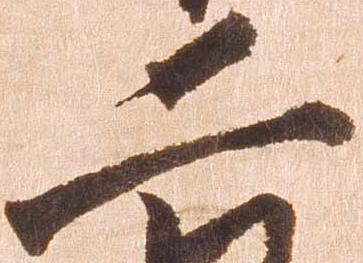
二